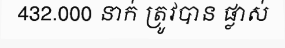
432.000 នាក់ ត្រូវបាន ផ្លាស់